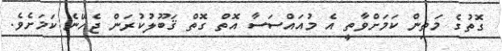
ގޮތުގެ މަތިން ކަމަށްވާތީ އެ މުއައްސަސާ އޮތް ގޮތް ޤަބޫލުކުރަން ޖެހޭނެ ކަމަށެވެ.